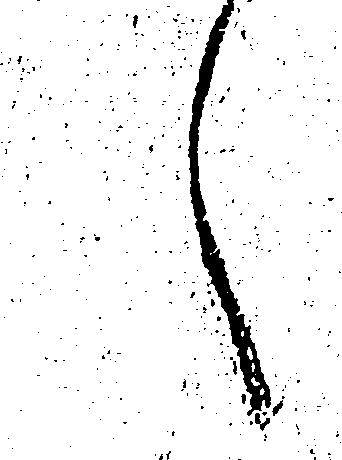
へ